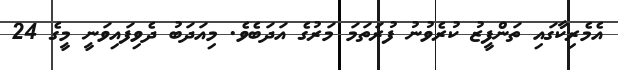
އެމެރިކާގައި ތަންފީޒު ކުރެވުނު ފުރަތަމަ މަރުގެ އަދަބެވެ. މިއަދަބު ދެވިފައިވަނީ މީގެ 24